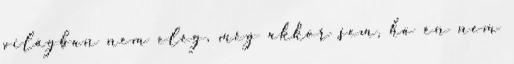
világban nem elég, még akkor sem, ha én nem